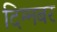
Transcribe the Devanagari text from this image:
दिग्मबर